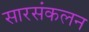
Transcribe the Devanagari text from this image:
सारसंकलन